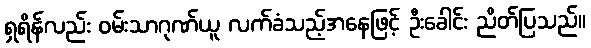
ရှရိန်လည်း ဝမ်းသာဂုဏ်ယူ လက်ခံသည့်အနေဖြင့် ဦးခေါင်း ညိတ်ပြသည်။